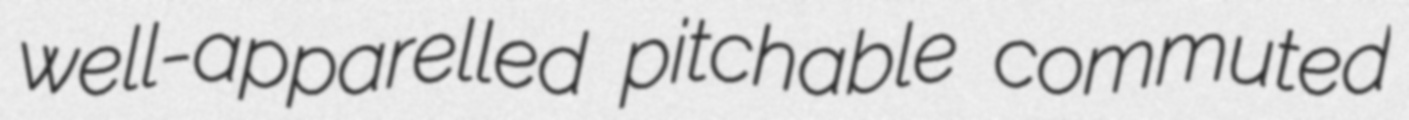
well-apparelled pitchable commuted